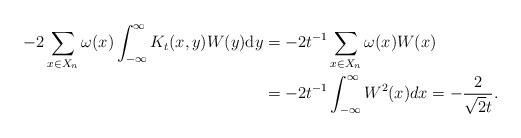
LaTeX: \begin{align*}-2\sum_{x\in X_n} \omega(x) \int_{-\infty}^\infty K_t(x,y)W(y)\mathrm{d}y & = -2t^{-1}\sum_{x\in X_n}\omega(x) W(x)\\& = -2 t^{-1} \int_{-\infty}^\infty W^2(x)dx=-\frac{2}{\sqrt{2} t}.\end{align*}